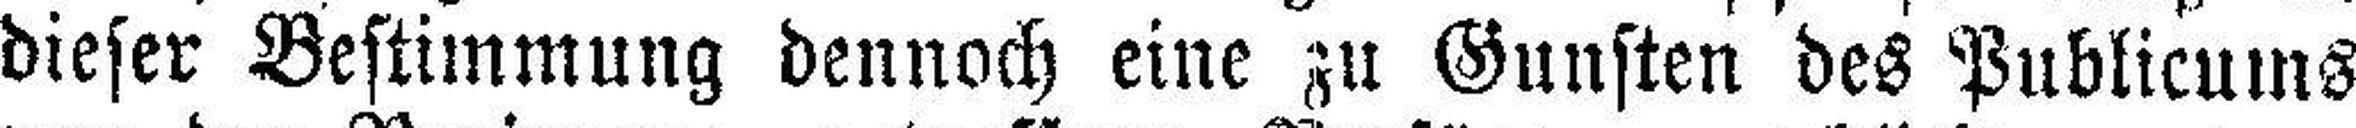
dieser Bestimmung dennoch eine zu Gunsten des Publicums